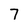
Character: 7